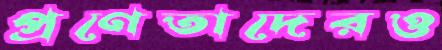
প্রণেতাদেরও